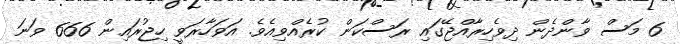
6 މަސް ވާންދެން ދިވެހިރާއްޖޭގައި ރަސްކަން ކުރެއްވިއެވެ. އަވަހާރަވީ ހިޖުރައިން 666 ވަނަ